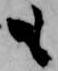
も